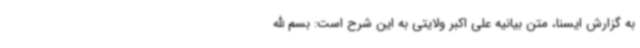
به گزارش ایسنا، متن بیانیه علی اکبر ولایتی به این شرح است: بسم الله